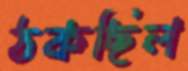
ঠকছিল